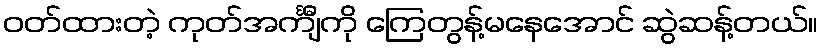
ဝတ်ထားတဲ့ ကုတ်အင်္ကျီကို ကြေတွန့်မနေအောင် ဆွဲဆန့်တယ်။